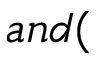
a n d (